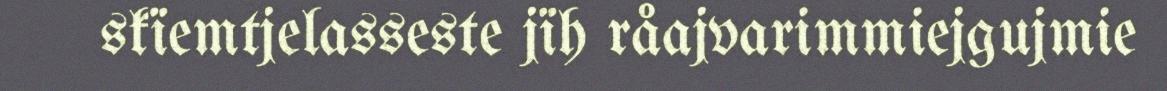
skïemtjelasseste jïh råajvarimmiejgujmie